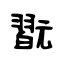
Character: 翫